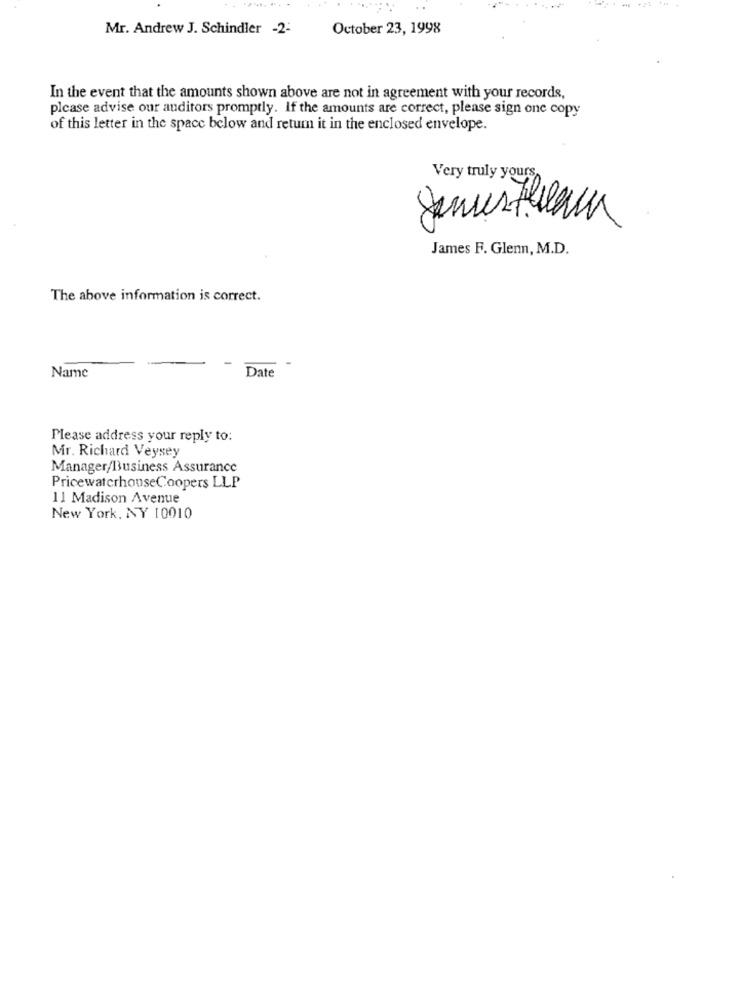
Mr. Andrew J. Schindler -2-
October 23, 1998
In the event that the amounts shown above are not in agreement with your records,
please advise our auditors promptly. If the amounts are correct, please sign one copy
of this letter in the space below and retum it in the enclosed envelope.
Very truly yours
Jemustelaun
James F. Glenn, M.D.
The above information is correct.
Name
Date
Please address your reply to:
Mr. Richard Veysey
Manager/Business Assurance
PricewaterhouseCoopers LLP
11 Madison Avenue
New York, NY 10010